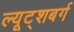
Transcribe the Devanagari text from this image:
ल्यूट्शबर्ग